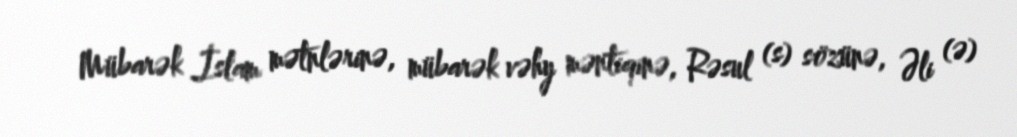
Mübarək İslam mətnlərinə, mübarək vəhy məntiqinə, Rəsul (s) sözünə, Əli (ə)